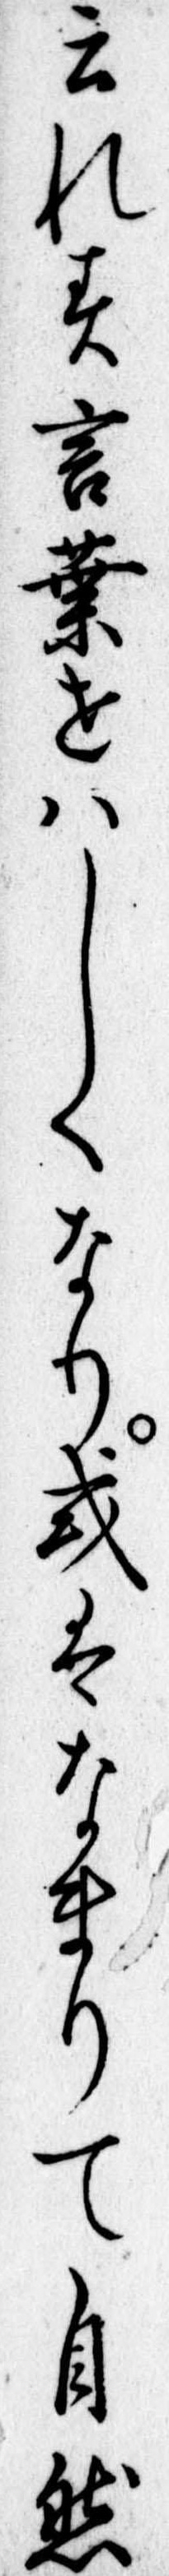
云れす言葉せはしくなり或はなまりて自然